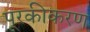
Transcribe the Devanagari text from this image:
पूरकीकरण